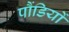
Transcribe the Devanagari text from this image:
पौंडियों